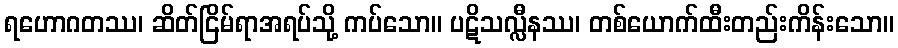
ရဟောဂတဿ၊ ဆိတ်ငြိမ်ရာအရပ်သို့ ကပ်သော။ ပဋိသလ္လီနဿ၊ တစ်ယောက်ထီးတည်းကိန်းသော။